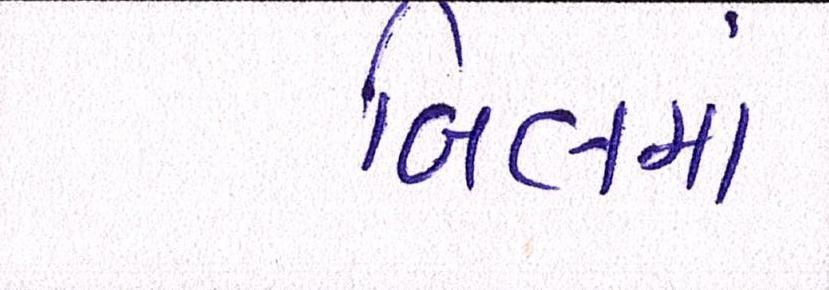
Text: બિલમાં